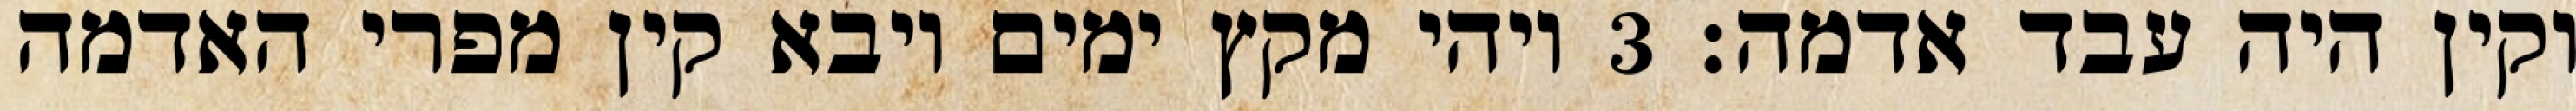
וקין היה עבד אדמה׃ ‎3‏ ויהי מקץ ימים ויבא קין מפרי האדמה